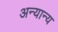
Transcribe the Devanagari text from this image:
अन्‍यान्‍य